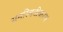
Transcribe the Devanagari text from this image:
समस्थितीकरण